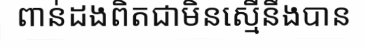
ពាន់ដងពិតជាមិនស្មើនឹងបាន